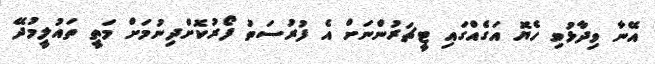
އޭނާ ވިދާޅުވި ހެޔޮ އަގެއްގައި ޓީޗަރުންނަށް އެ ފުރުސަތު ފޯރުކޮށްދިނުމަށް މަތީ ތައުލީމުދޭ